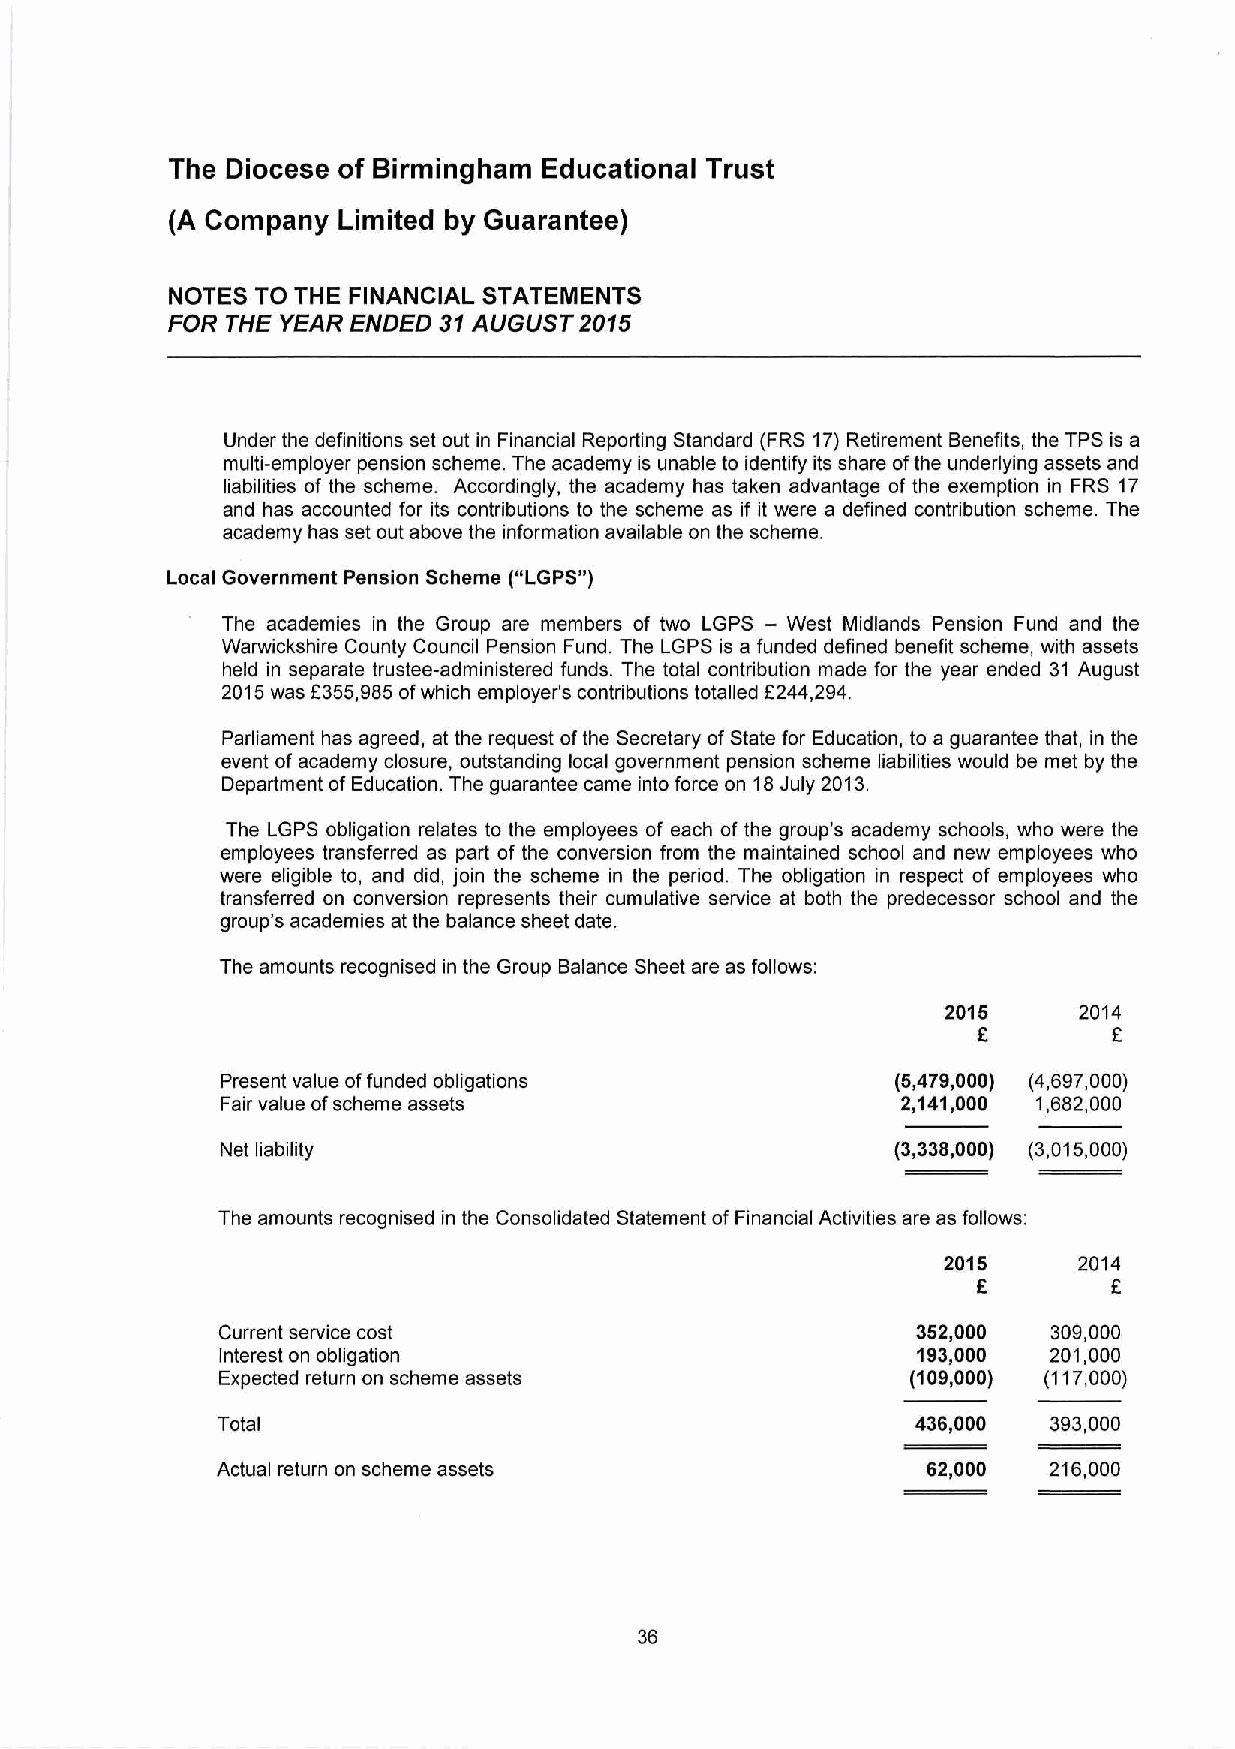
The Diocese of Birmingham Educational Trust
 (A Company Limited by Guarantee)
 NOTES TO THE FINANCIAL STATEMENTS
 FOR THE YEAR ENDED 31 AUGUST 2015
 Under the definitions set out in Financial Reporting Standard (FRS 17) Retirement Benefits, the TPS is a
 multi-employer pension scheme. The academy is unable to identify its share of the underlying assets and
 liabilities of the scheme. Accordingly, the academy has taken advantage of the exemption in FRS 17
 and has accounted for its contributions to the scheme as if it were a defined contribution scheme. The
 academy has set out above the information available on the scheme.
 Local Government Pension Scheme (“LGPS”)
 The academies in the Group are members of two LGPS - West Midlands Pension Fund and the
 Warwickshire County Council Pension Fund. The LGPS is a funded defined benefit scheme, with assets
 held in separate trustee-administered funds. The total contribution made for the year ended 31 August
 2015 was £355,985 of which employer's contributions totalled £244,294.
 Parliament has agreed, at the request of the Secretary of State for Education, to a guarantee that, in the
 event of academy closure, outstanding local government pension scheme liabilities would be met by the
 Department of Education. The guarantee came into force on 18 July 2013.
 The LGPS obligation relates to the employees of each of the group’s academy schools, who were the
 employees transferred as part of the conversion from the maintained school and new employees who
 were eligible to, and did, join the scheme in the period. The obligation in respect of employees who
 transferred on conversion represents their cumulative service at both the predecessor school and the
 group’s academies at the balance sheet date.
 The amounts recognised in the Group Balance Sheet are as follows:
 2015    2014
 £        £
 Present value of funded obligations         (5,479,000) (4,697,000)
 Fair value of scheme assets                  2,141,000 1,682,000
 Net liability                               (3,338,000) (3,015,000)
 The amounts recognised in the Consolidated Statement of Financial Activities are as follows:
 2015     2014
 £        £
 Current service cost                           352.000  309.000
 Interest on obligation                         193.000 201.000
 Expected return on scheme assets              (109,000) (117,000)
 Total                                          436,000  393,000
 Actual return on scheme assets                 62,000  216,000
 36